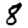
Digit: 8